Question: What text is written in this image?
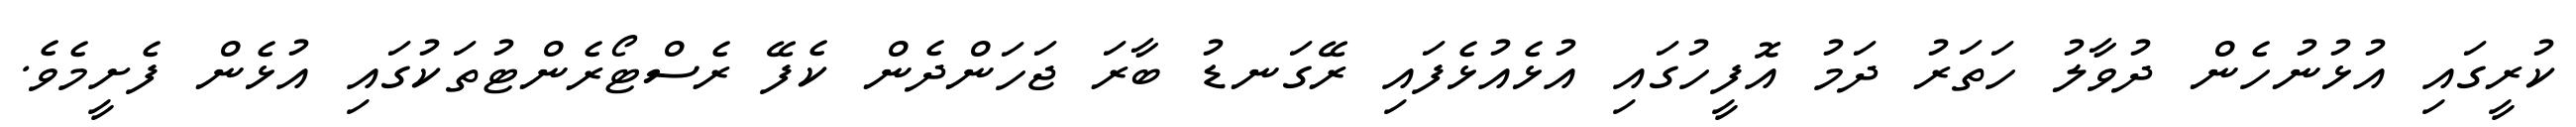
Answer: ކުރީގައި އުޅުނުހެން ދުވާލު ހަތަރު ދަމު އޮފީހުގައި އުޅެއުޅެފައި ރޭގަނޑު ބާރަ ޖަހަންދެން ކެފޭ ރެސްޓޯރެންޓުތަކުގައި އުޅެން ފެށީމެވެ.